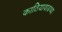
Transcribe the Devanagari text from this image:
काठियावाडच्या